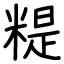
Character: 䊓